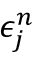
\epsilon _ { j } ^ { n }